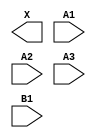
module sky130_fd_sc_hs__o31a (
    X ,
    A1,
    A2,
    A3,
    B1
);

    output X ;
    input  A1;
    input  A2;
    input  A3;
    input  B1;

    // Voltage supply signals
    supply1 VPWR;
    supply0 VGND;

endmodule